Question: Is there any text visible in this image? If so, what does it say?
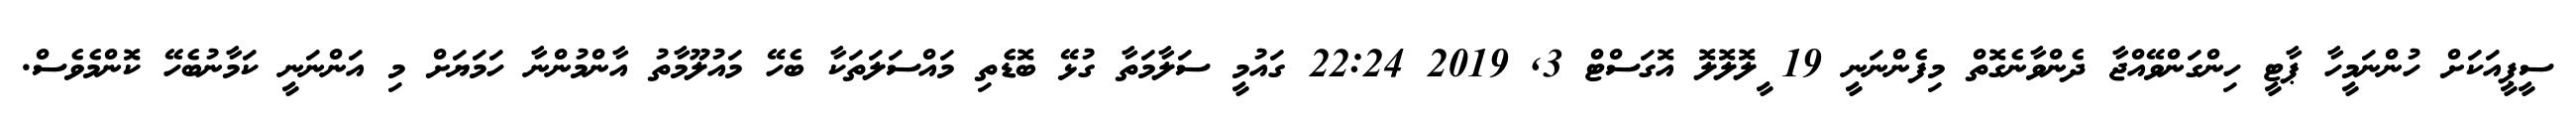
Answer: ސީޕީއަކަށް ހުންނަމީހާ ޕާޓީ ހިންގަންވޭއްޖާ ދެންވާނެގޮތް މިފެންނަނީ 19 ީލޮލޮލޮ އޮގަސްޓް 3, 2019 22:24 ގައުމީ ސަލާމަތާ ގުޅޭ ބޮޑެތި މައްސަލަތަކާ ބެހޭ މައުލޫމާތު އާންމުންނާ ހަމަޔަށް މި އަންނަނީ ކަމާނުބެހޭ ކޮންމެވެސް.